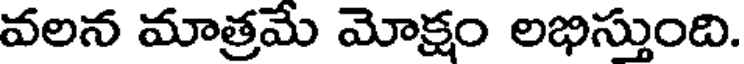
వలన మాత్రమే మోక్షం లభిస్తుంది.